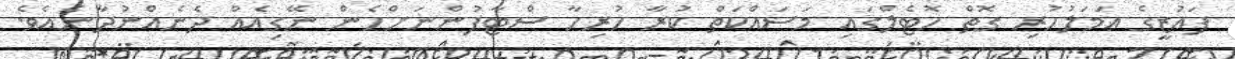
ފައުޒީގެ ޢަމަލުހުރި ގޮތް ހޮޓެލްގައި މަސައްކަތް ކުރާ ހުރިހާ ސްޓާފުންނަށްހެން ނޭގިއެއް ދެނެއްނުދާނެއެވެ.